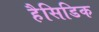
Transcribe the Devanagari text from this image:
हैसिडिक